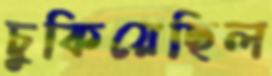
চুকিয়েছিল